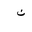
Letter: _non